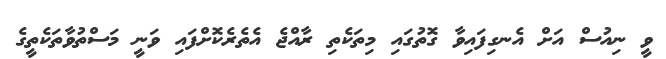
ވީ ނިއުސް އަށް އެނގިފައިވާ ގޮތުގައި މިތަކެތި ރާއްޖެ އެތެރެކޮށްފައި ވަނީ މަސްތުވާތަކެތީގެ